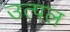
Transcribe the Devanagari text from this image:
उत्‍पल